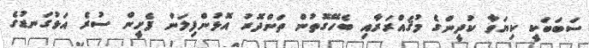
ސަބަބަކީ ކިޔަވާ ކުދީންގެ މުޤައްރަރާއި ބެހޭގޮތުން ތަންދޮރު އޮޅުންފިލަން ފެށީން ސުރެ އަޅުގަނޑުގެ